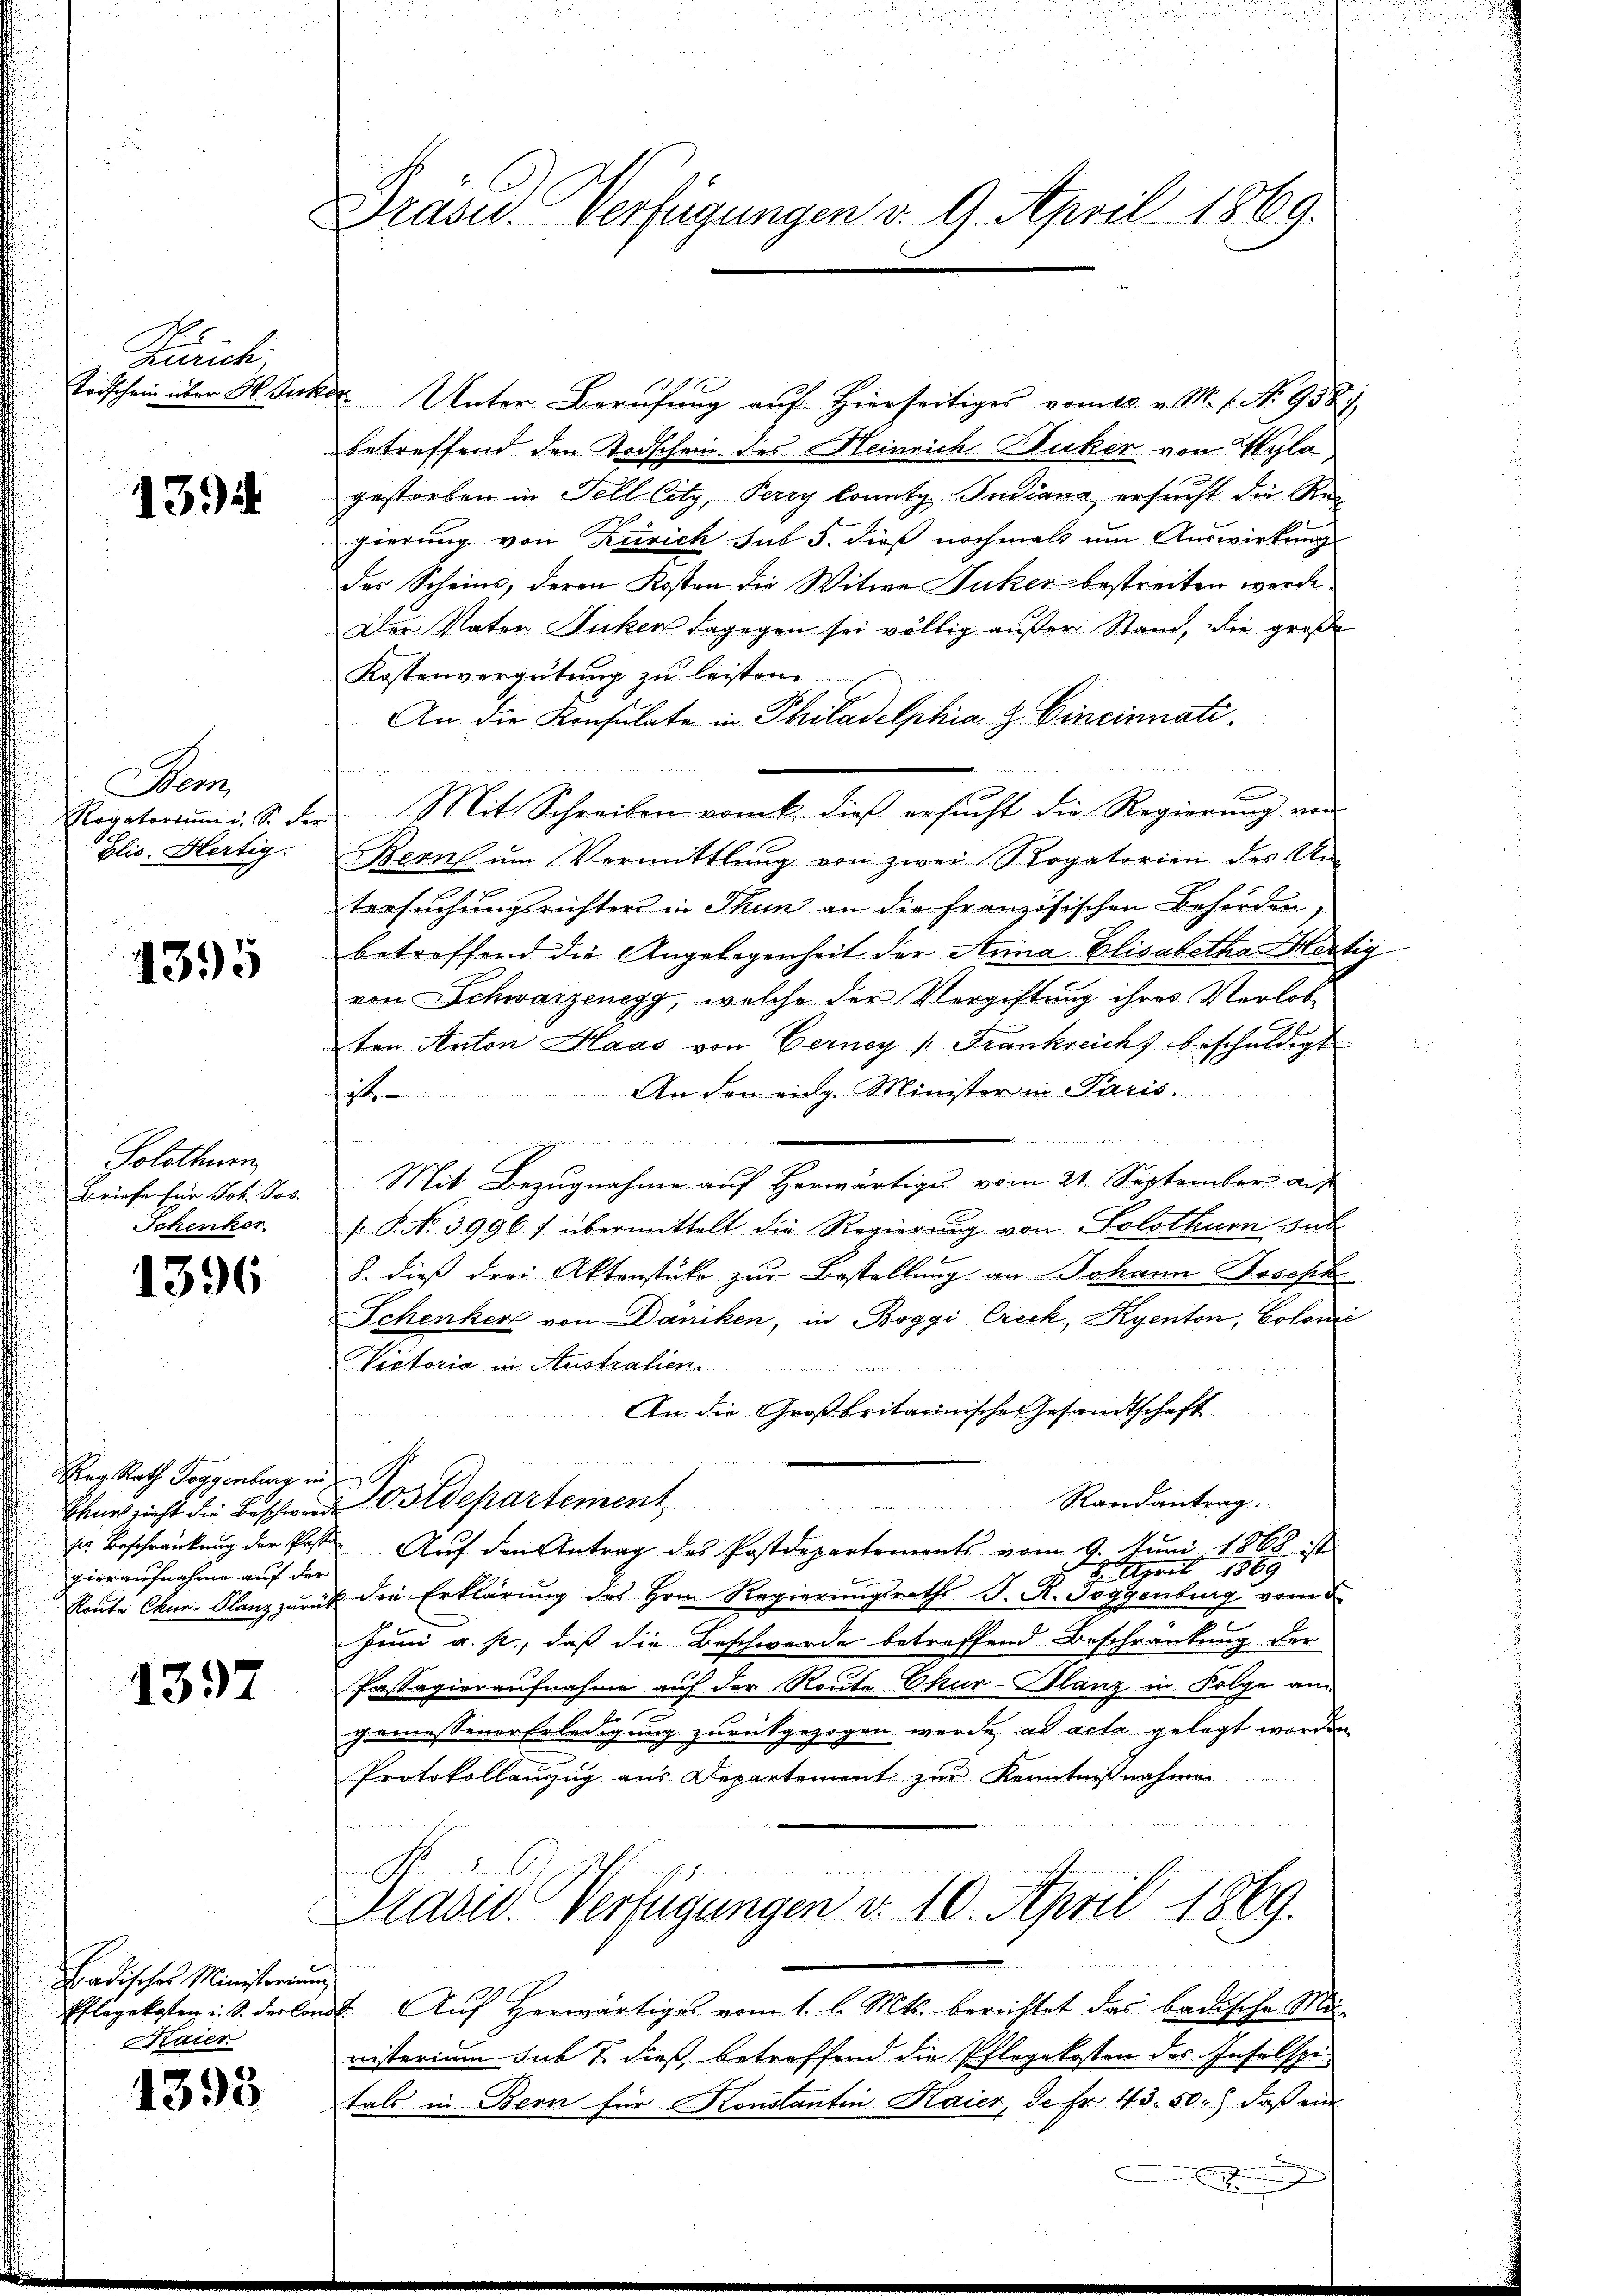
Zürich
Toischein über H. Gurt

1394

Denz
Rogatorium d. S. der
blis. Hertig.

4395

Solothurn
Briefe für Joh. Jos.
Schenker

1396

Reg. Rath Toggenburg in
Schwies sieht die Beschwerde
ses Beschränkung der Pasto
pieraufnahme auf der
Route Chur, Planz zurück

1397

Badisches Ministerium
Pflegekosten i. S. Declono
Kaier

1395

Drasid. Verfügungen d. 9. April 1869.

a. Unter Berufung auf Hierseitiges vom 18. v. M. 1. No. 9587,
betreffend den Todschein des Heinrich Ducker von Wyla,
gestorben in Fell Citz, Perry konnte Indiana ersucht die Ree
gierung von Zürich sub 5. dieß nochmals um Auswirkung
der Scheins, deren Kosten die Witwe Juker bestreiten werde.
Der Vater Jucken dagegen sei völlig außer Stand, die große
Kostenvergütung zu leisten
An die Konsulate in Philadelphia & Cincinnati
Mit Schreiben vom k. dieß ersucht die Regierung von
Bern um Vermittlung von zwei Rogatorien des Um-
tersuchungsrichters in Thun an die Französischen Behörden
betreffend die Angelegenheit der Anna Elisabethan Hertig
von Schwarzenegg, welche der Vergiftung ihres Verlobten Anton Haas von Gerney /: Frankreich beschuldigt
An den eidg. Minister in Paris
it
witer die Mit Marielle testehende Würte unter Messen und er 184.
44 Mai 1
Mit Bezugnahme auf Herwärtiges vom 21. September auf
s P. No 3996 f übermittelt die Regierung von Solothurn sub
8. dieß drei Aktenstücke zur Bestellung an Johann Joseph
Schenker von Däniken, in Boggi Creck, Kyenton, Colonie
Victoria in Australien.
An die Großbritannische Gesandtschaft
Postdepartement
Randantrag.
Auf den Antrag des Postdepartements vom 9. Juni 1868 ist
2 April 1889
u die Erklärung des Hrn. Regierungsraths P. R. Joggenburg vom
Juni a. p., daß die Beschwerde betreffend Beschränkung der
Passagieraufnahme auf der Route Ekur-Glanz in Folge an
2
gemessener Erledigung zurückgezogen werde, ad acta gelegt worden
Protokollanzug aus Departement zur Kenntnißnahmen
Präsid. Verfügungen v. 10. April 1869.
e

2. Auf Herwärtiges vom 1. l. Mts. berichtet das badische Munisterium sub 7 dieß, betreffend die Pflegekosten des Inselspi
tals in Bern für Konstantin Haier, de fr. 43. 50. daβ ein